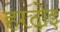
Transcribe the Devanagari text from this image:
हरदोइ